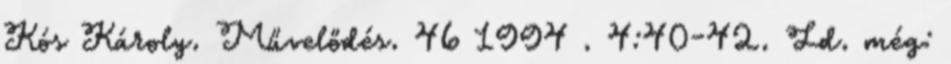
Kós Károly. Művelődés. 46 1994 . 4:40-42. Ld. még: